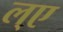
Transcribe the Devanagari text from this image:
ल्ए